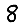
Digit: 8